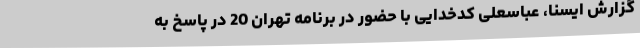
گزارش ایسنا، عباسعلی کدخدایی با حضور در برنامه تهران 20 در پاسخ به